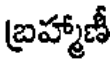
బ్రహ్మాణీ